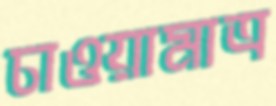
চাওয়ামাত্র